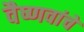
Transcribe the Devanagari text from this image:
वैष्णवांचे